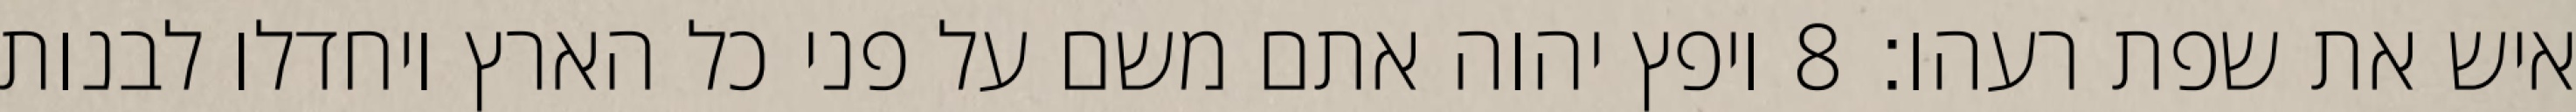
איש את שפת רעהו׃ ‎8‏ ויפץ יהוה אתם משם על פני כל הארץ ויחדלו לבנות